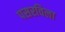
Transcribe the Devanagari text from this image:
पसरविला